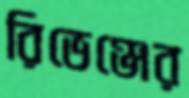
রিভেঞ্জের